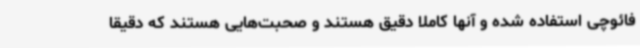
فائوچی استفاده شده و آنها کاملا دقیق هستند و صحبت‌هایی هستند که دقیقا